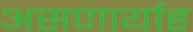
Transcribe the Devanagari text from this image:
असणार्याह